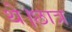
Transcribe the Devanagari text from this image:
थे।छात्र